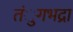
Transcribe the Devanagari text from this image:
तंुगभद्रा